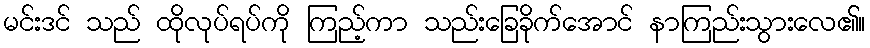
မင်းဒင် သည် ထိုလုပ်ရပ်ကို ကြည့်ကာ သည်းခြေခိုက်အောင် နာကြည်းသွားလေ၏။